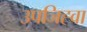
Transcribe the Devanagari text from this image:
उपजिह्वा